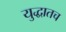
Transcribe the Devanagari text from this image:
युद्धातच